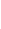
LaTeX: \! \! \! \! \! \! \! \! \! \! \! \Theta\! \! \! \! \! \! \! \! \! \! \! \! ^{\! }\! \! \! \! \! \! \! \! \! \! \! *\! \! \! \! \! \! \! \! \! \! \! \! (t\! \! \! \! \! \! \! \! \! \! \! \! )\! \! \! \! \! \! \! \! \! \! \! \! =d\! \! \! \! \! \! \! \! \! \! \! \! \alpha\! \! \! \! \! \! \! \! \! \! \! \! (\! \! \! \! \! \! \! \! \! \! \! \! \theta\! \! \! \! \! \! \! \! \! \! \! \! (t\! \! \! \! \! \! \! \! \! \! \! \! )\! \! \! \! \! \! \! \! \! \! \! \! )A\! \! \! \! \! \! \! \! \! \! \! \! (\! \! \! \! \! \! \! \! \! \! \! \! \theta\! \! \! \! \! \! \! \! \! \! \! \! (t\! \! \! \! \! \! \! \! \! \! \! \! )\! \! \! \! \! \! \! \! \! \! \! \! )\! \! \! \! \! \! \! \! \! \! \!